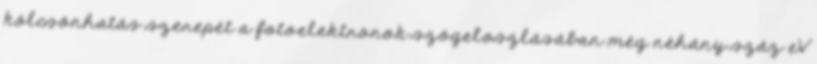
kölcsönhatás szerepét a fotoelektronok szögeloszlásában még néhány száz eV